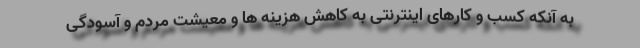
به آنکه کسب و کارهای اینترنتی به کاهش هزینه ها و معیشت مردم و آسودگی